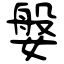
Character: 媻